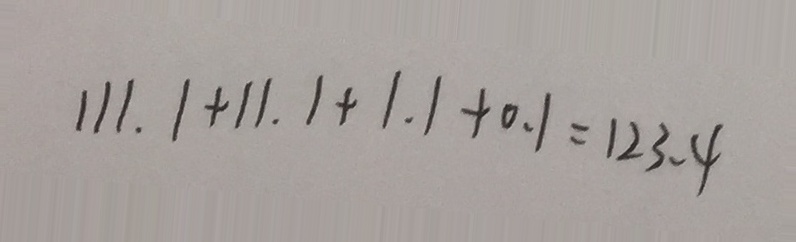
1 1 1 . 1 + 1 1 . 1 + 1 . 1 + 0 . 1 = 1 2 3 . 4